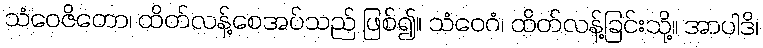
သံဝေဇိတော၊ ထိတ်လန့်စေအပ်သည် ဖြစ်၍။ သံဝေဂံ၊ ထိတ်လန့်ခြင်းသို့။ အာပါဒိ၊